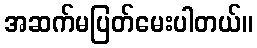
အဆက်မပြတ်မေးပါတယ်။